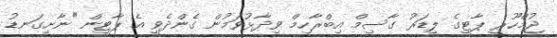
ޖުމްހޫރީ ޕާޓީގެ ލީޑަރު ގާސިމް އިބްރާހިމް ވިދާޅުވަމުން ގެންދެވީ އެ ޕާޓީން "ނާށިގަނޑު